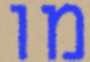
מו